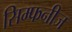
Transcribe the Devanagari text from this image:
सिम्फनीज